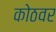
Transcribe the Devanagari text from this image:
कोठवर